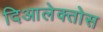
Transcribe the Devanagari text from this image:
दिआलेक्तोस